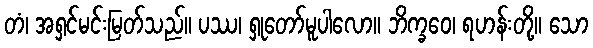
တံ၊ အရှင်မင်းမြတ်သည်။ ပဿ၊ ရှုတော်မူပါလော။ ဘိက္ခဝေ၊ ရဟန်းတို့။ သော